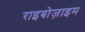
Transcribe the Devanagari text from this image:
राइबोज़ाइम